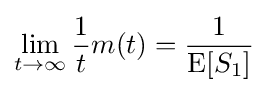
\lim _{t\to \infty }{\frac {1}{t}}m(t)={\frac {1}{\operatorname {E} [S_{1}]}}